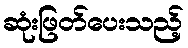
ဆုံးဖြတ်ပေးသည့်